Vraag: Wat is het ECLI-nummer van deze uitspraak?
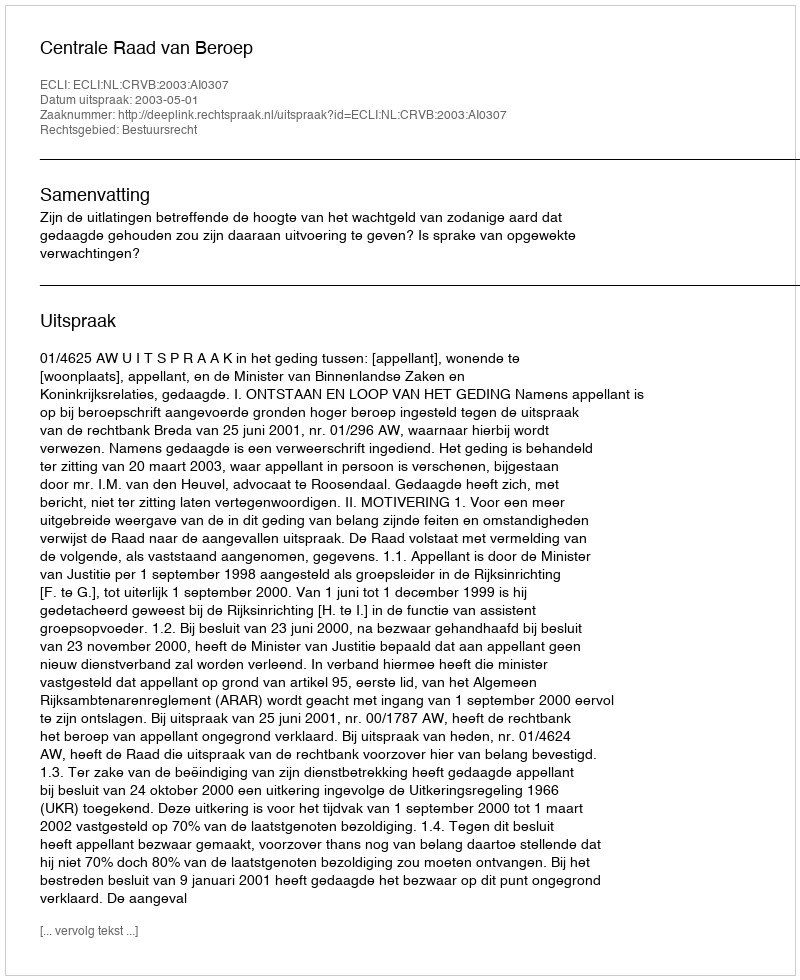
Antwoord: ECLI:NL:CRVB:2003:AI0307